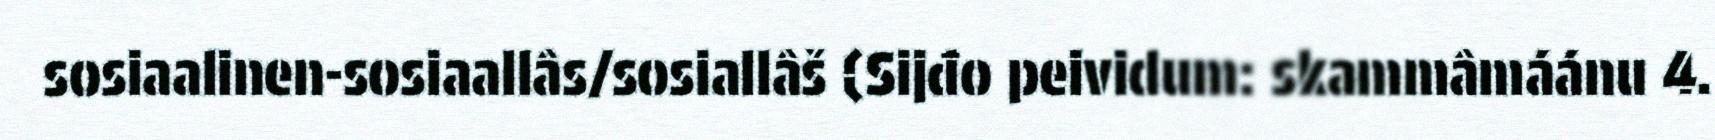
sosiaalinen-sosiaallâs/sosiallâš (Sijđo peividum: skammâmáánu 4.